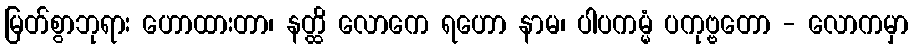
မြတ်စွာဘုရား ဟောထားတာ၊ နတ္ထိ လောကေ ရဟော နာမ၊ ပါပကမ္မံ ပကုဗ္ဗတော - လောကမှာ